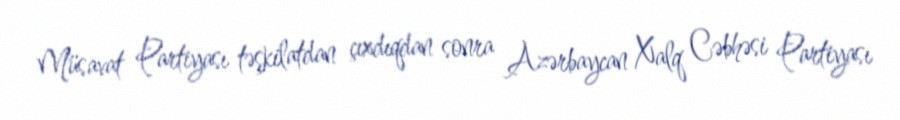
Müsavat Partiyası təşkilatdan çıxdıqdan sonra Azərbaycan Xalq Cəbhəsi Partiyası